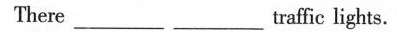
There ____ _____traffic lights.